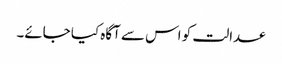
عدالت کو اس سے آگاہ کیا جائے۔